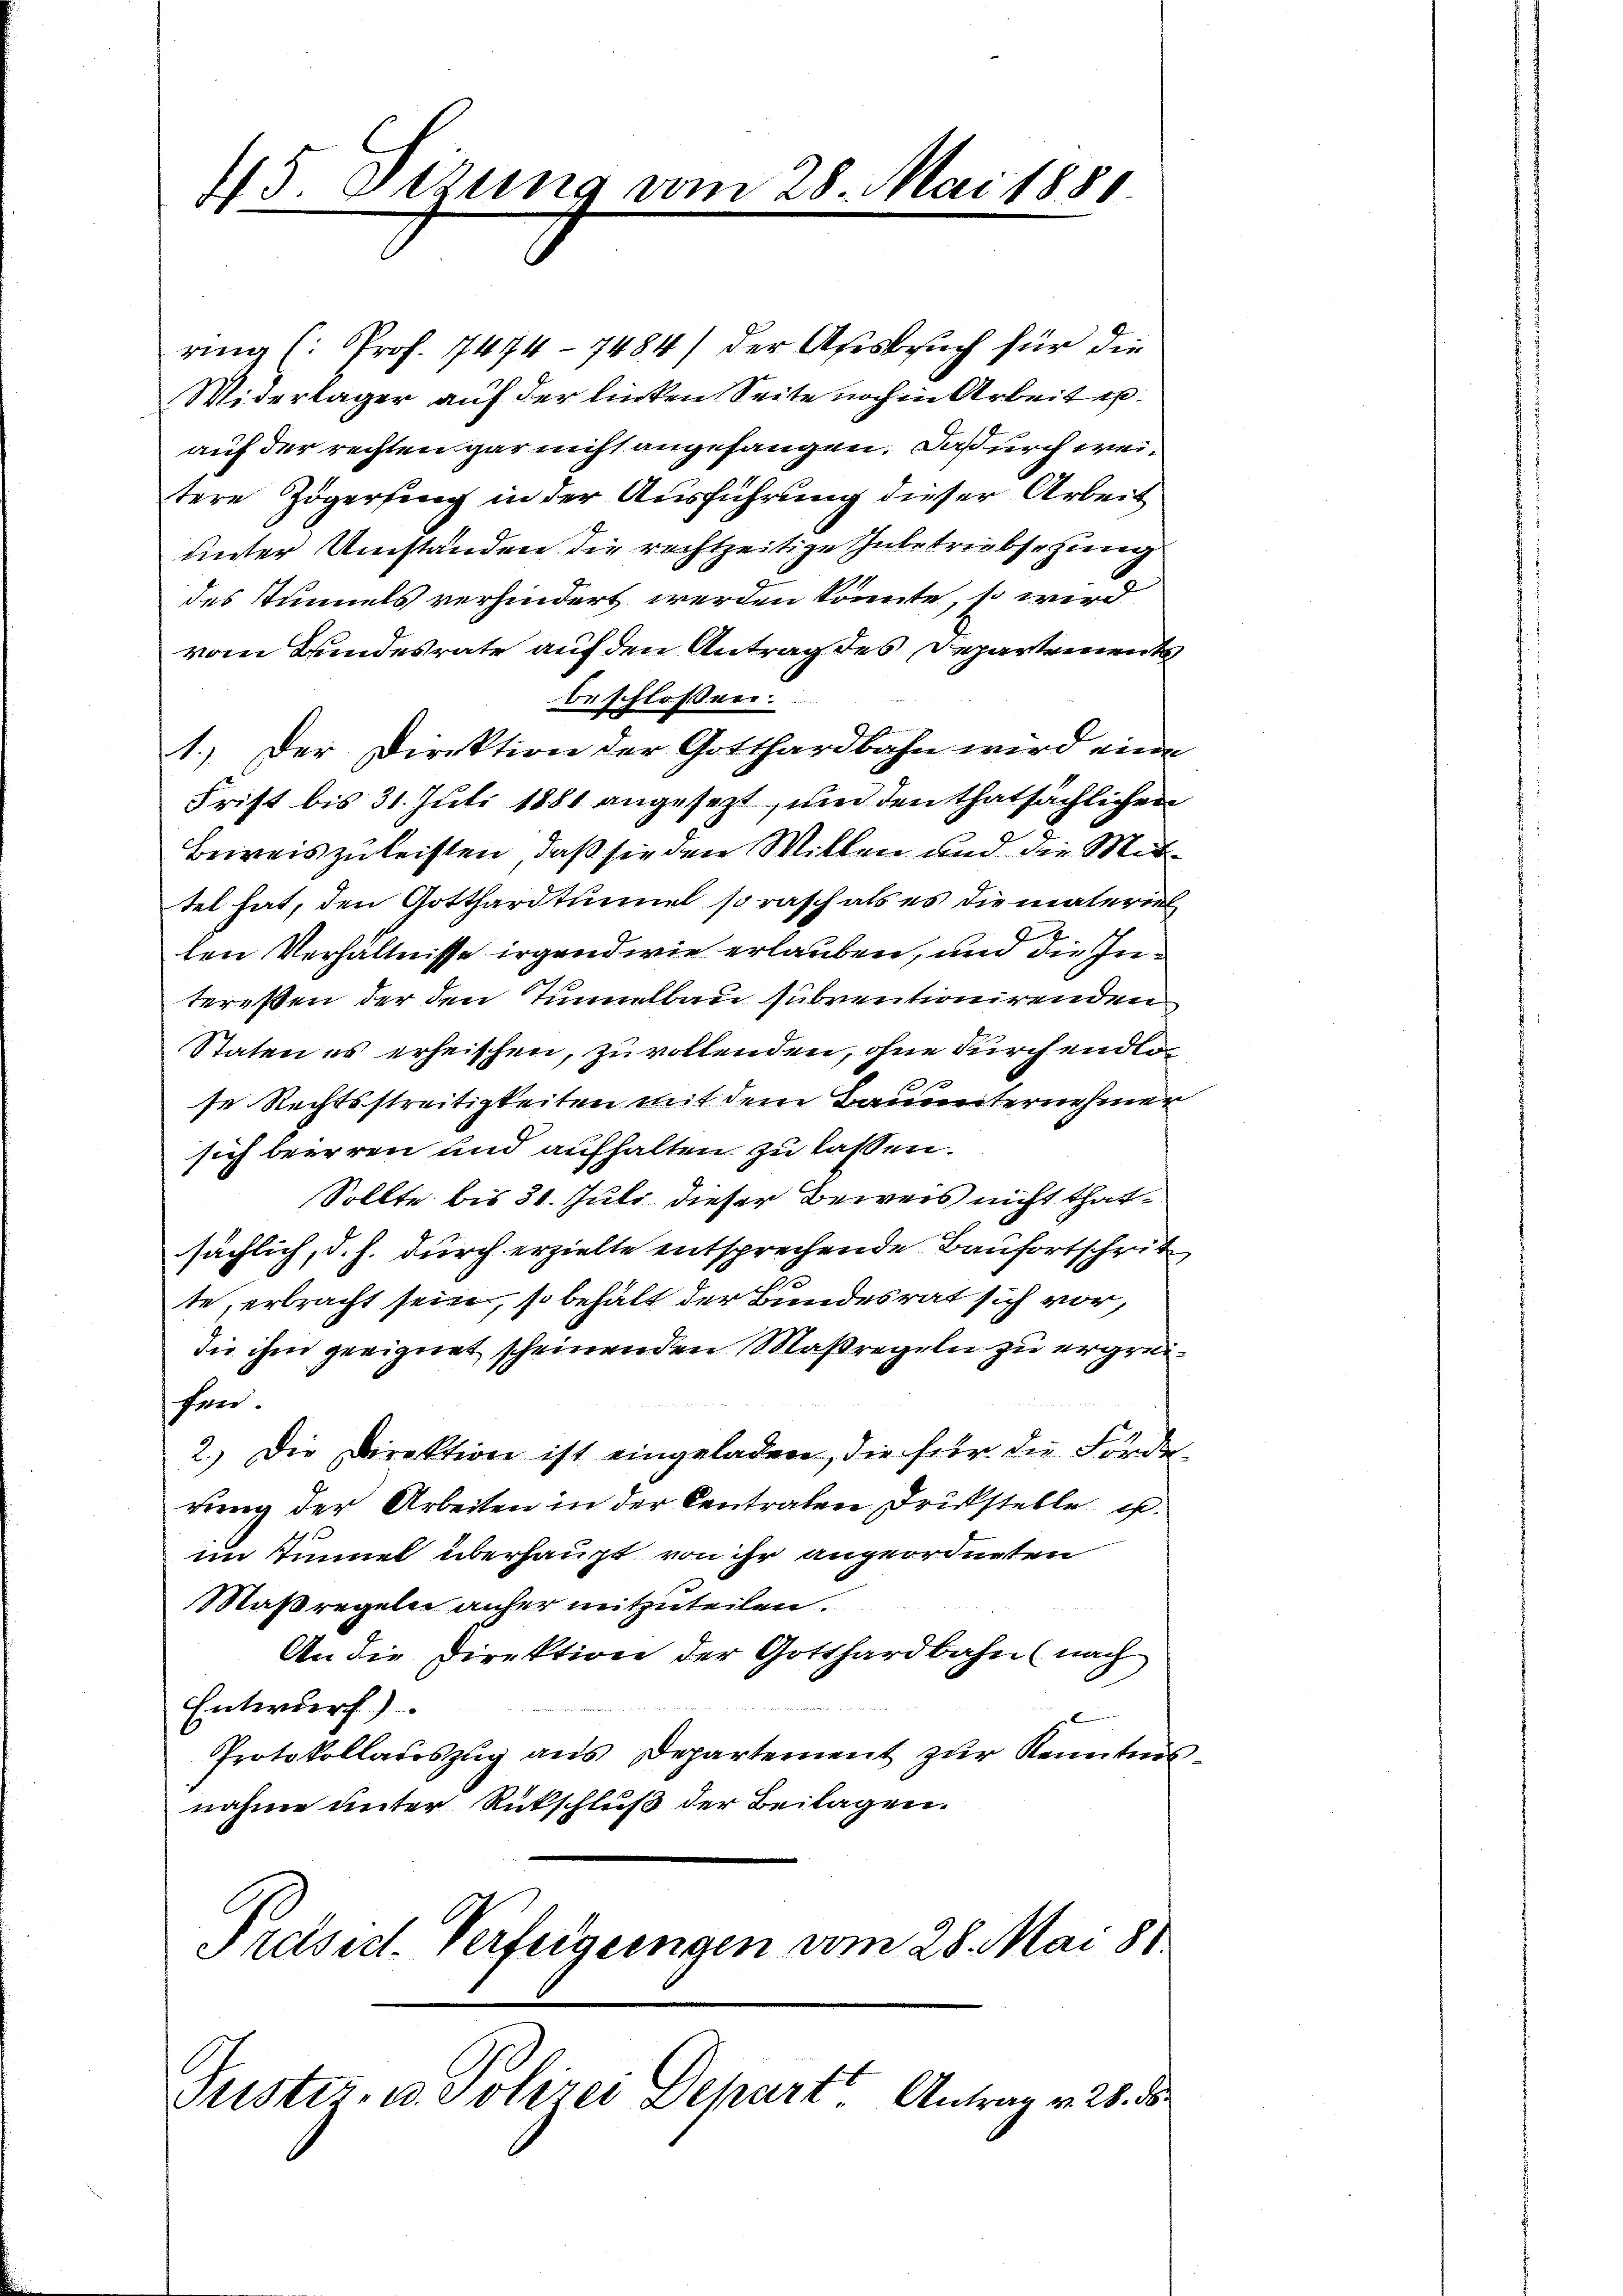
4/5. Stzung vom 28. Mai 1881.

ring (: Prof. 7474- 7484) der Ausbesuch für die
Widerlager auf der linken Seite noch in Arbeit erauf der rechten gar nicht angefangen. Daß urch weitere Zögerung in der Ausführung dieser Arbeit
unter Umständen die rechtzeitige Inbetriebschung
des Tunnels verhindert werden könnte, so wird
vom Bundesrate auf den Antrag des Departements
beschlossen:
1.) Der Direktion der Gotthardbahn wird eine
Frist bis 31. Juli 1881 angesezt, und den thatsächlichen
Beweis zu leisten, daß sie den Willen und die Mittet hat, den Gotthardtunnel sorasch als es die materiel
ten Verhältnisse irgendwie erlauben, und die Interessen der den Tunnelbau subventionirenden
Staten es erheischen, zu vollenden, ohne durch endlo¬
.
se Rechtsstreitigkeiten mit dem Bauunternehmer
sich beirren und aufhalten zu lassen.
Sollte bis 31. Juli dieser Beweis nicht thatsächlich, d. h. durch erzielte entsprechende Baufortschrit
te, erbracht sein, so behält der Bundesrat sich vor,
die ihm geeignet scheinenden Maßregeln zu ergreifer.
2.) Die Direktion ist eingeladen, die für die Förderrung der Arbeiten in der Centraten Druckstelle u.
im Tunnel überhaupt von ihr angeordneten
Maßregeln anher mitzuteilen.
An die Direktion der Gotthardbahn (nach
Entwurf)
Protokollauszug aus Departement zur Kenntnisnahme unter Rückschluß der Beilagen.

Præsid. Verfügungen vom 28. Mai 81.

Pustiz- u. Polizei Depart. Antrag v. 28. 5